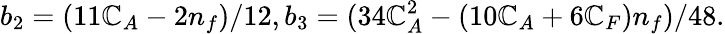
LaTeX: b_{2}=(11\mathbb{C}_{A}-2n_{f})/12,b_{3}=(34\mathbb{C}_{A}^{2}-(10\mathbb{C}_{A}+6\mathbb{C}_{F})n_{f})/48.